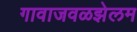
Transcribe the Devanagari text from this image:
गावाजवळझेलम